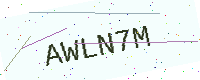
Text: AWLN7M